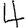
Digit: 4